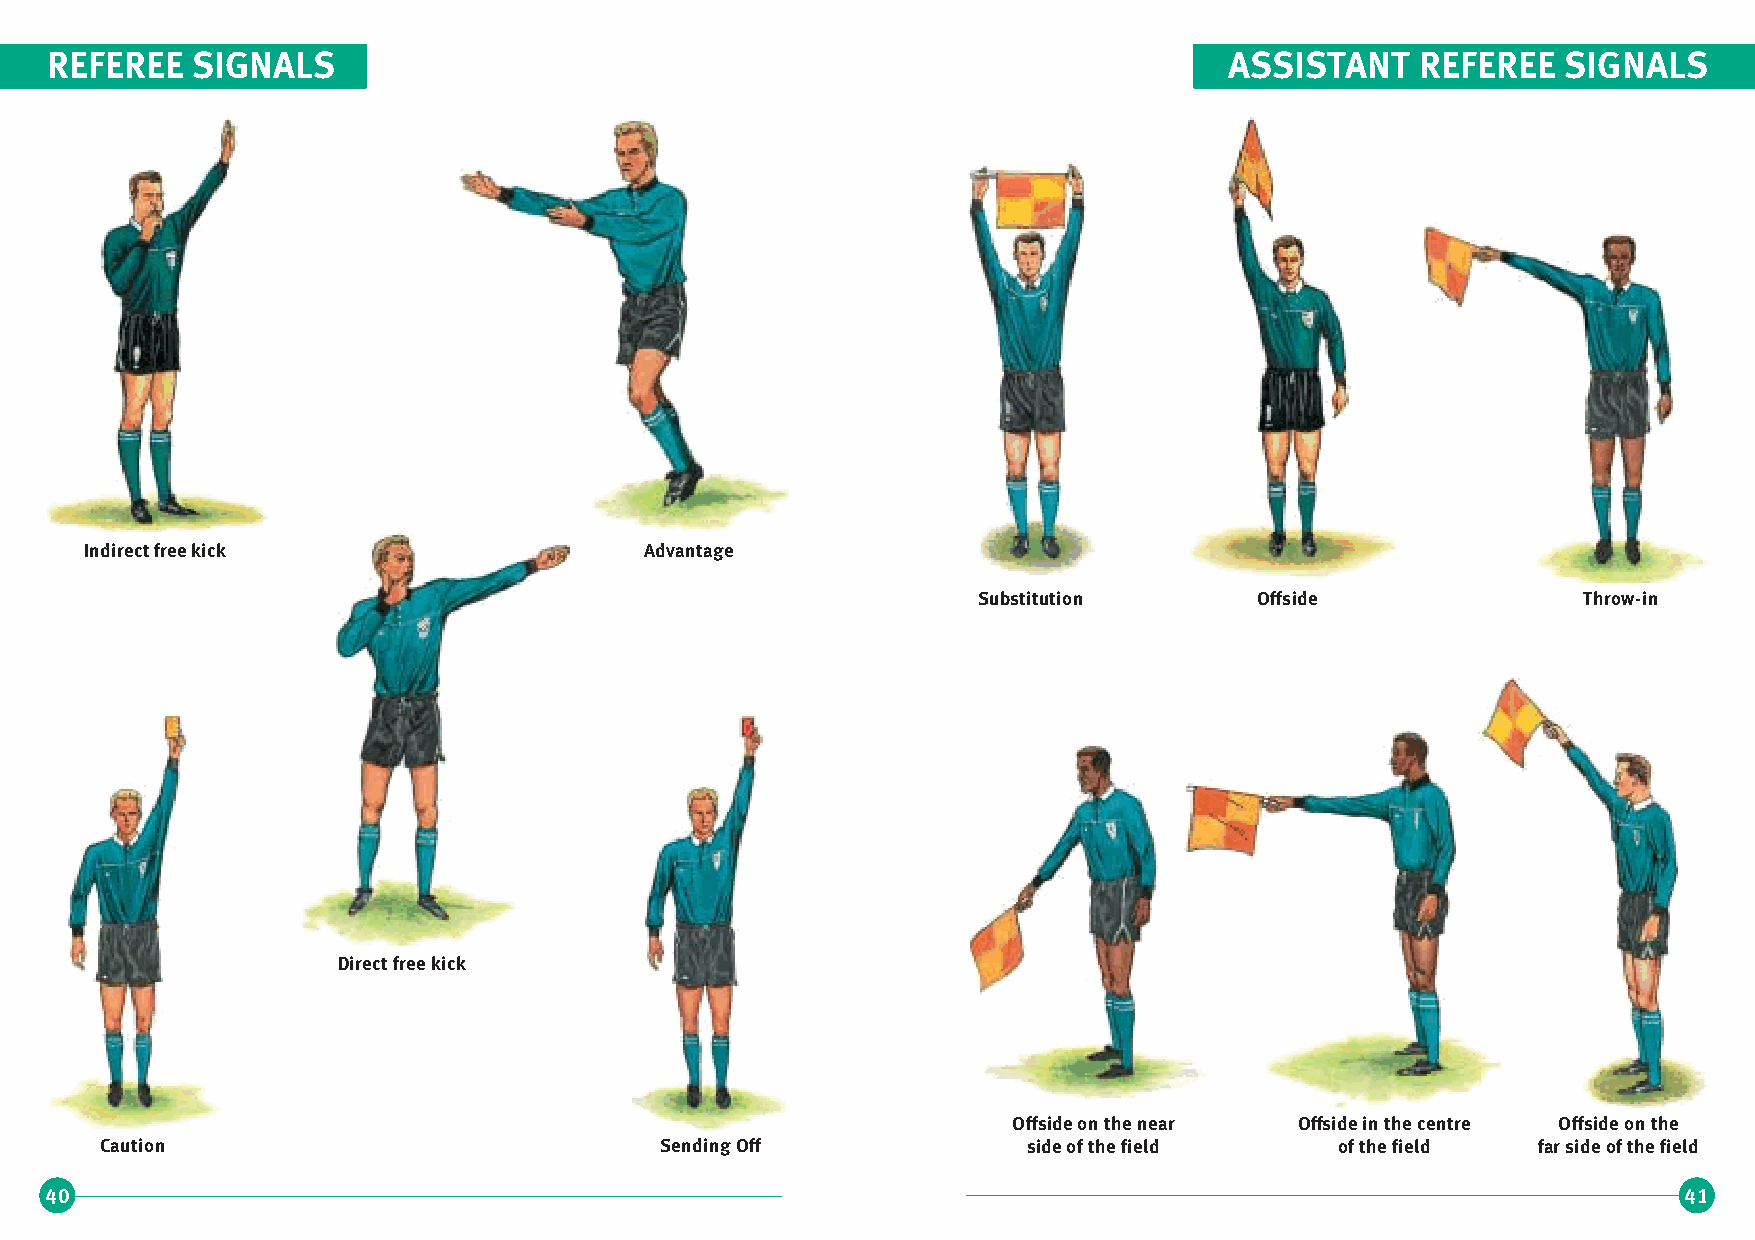
REFEREE   SIGNALS                                                             ASSISTANT    REFEREE  SIGNALS
 Indirect free kick                   Advantage
 Substitution      Offside               Throw-in
 Direct free kick
 Offside on the near Offside in the centre Offside on the
 Caution                              Sending Off             side of the field    of the field far side of the field
 40                                                                                                          41